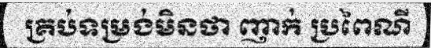
គ្រប់ទម្រង់មិនថា ញាក់ ប្រពៃណី